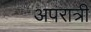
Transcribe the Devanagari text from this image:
अपरात्री